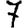
Digit: 7